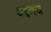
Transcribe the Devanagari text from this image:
वइनय